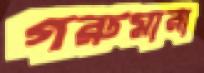
গরুমারা